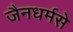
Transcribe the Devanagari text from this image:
जैनधर्मसे